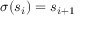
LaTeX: \sigma ( s _ { i } ) = s _ { i + 1 }